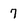
Character: 7